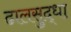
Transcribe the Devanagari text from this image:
ढालसुद्धा